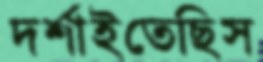
দর্শাইতেছিস